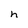
Character: h